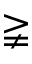
\gneqq